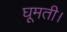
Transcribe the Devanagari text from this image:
घूमती।